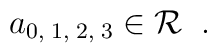
a_{0, \; 1, \; 2, \; 3} \in {\cal R} \; \; .